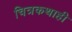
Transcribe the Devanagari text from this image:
चित्रकथाही